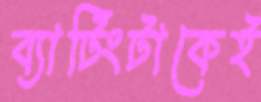
ব্যাটিংটাকেই